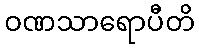
ဝဏသာရောပီတိ